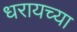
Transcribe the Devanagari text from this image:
धरायच्या